Reports on dispensaries and lunatic asylums in the Province of Oudh - 1869-1876
Year: 1869
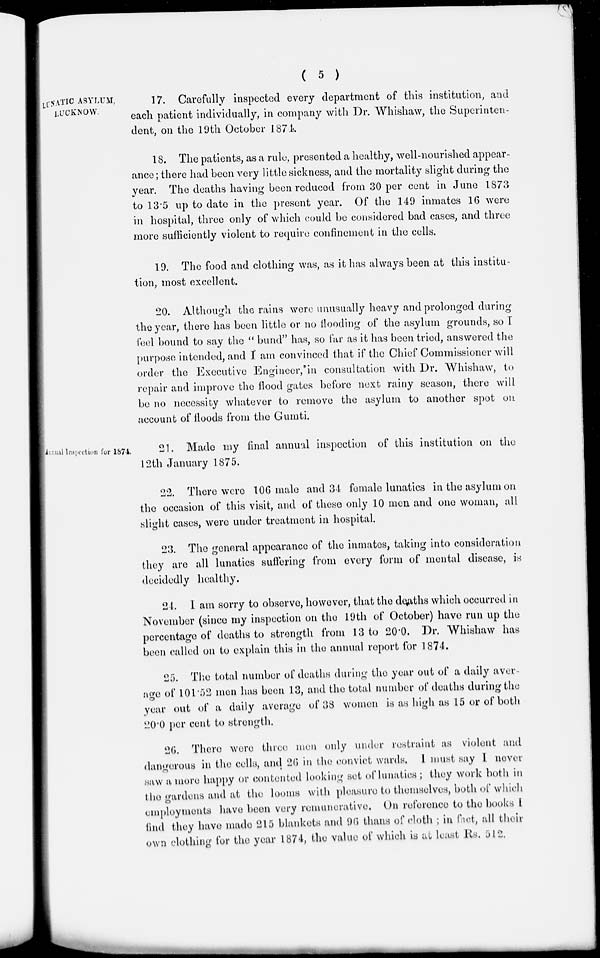
( 5 )
LUNATIC ASYLUM,
LUCKNOW.
17. Carefully inspected every department of this institution, and
each patient individually, in company with Dr. Whishaw, the Superinten-
dent, on the 19th October 1874.
18. The patients, as a rule, presented a healthy, well-nourished appear-
ance; there had been very little sickness, and the mortality slight during the
year. The deaths having been reduced from 30 per cent in June 1873
to 13.5 up to date in the present year. Of the 149 inmates 16 were
in hospital, three only of which could be considered bad cases, and three
more sufficiently violent to require confinement in the cells.
19. The food and clothing was, as it has always been at this institu-
tion, most excellent.
20. Although the rains were unusually heavy and prolonged during
the year, there has been little or no flooding of the asylum grounds, so I
feel bound to say the " bund" has, so far as it has been tried, answered the
purpose intended, and I am convinced that if the Chief Commissioner will
order the Executive Engineer, in consultation with Dr. Whishaw, to
repair and improve the flood gates before next rainy season, there will
be no necessity whatever to remove the asylum to another spot on
account of floods from the Gumti.
Annual Inspection for 1874.
21. Made my final annual inspection of this institution on the
12th January 1875.
22. There were 106 male and 34 female lunatics in the asylum on
the occasion of this visit, and of these only 10 men and one woman, all
slight cases, were under treatment in hospital.
23. The general appearance of the inmates, taking into consideration
they are all lunatics suffering from every form of mental disease, is
decidedly healthy.
24. I am sorry to observe, however, that the deaths which occurred in
November (since my inspection on the 19th of October) have run up the
percentage of deaths to strength from 13 to 20.0. Dr. Whishaw has
been called on to explain this in the annual report for 1874.
25. The total number of deaths during the year out of a daily aver
age of 101.52 men has been 13, and the total number of deaths during the
year out of a daily average of 38 women is as high as 15 or of both
20.0 per cent to strength.
26. There were three men only under restraint as violent and
dangerous in the cells, and 26 in the convict wards. I must say I never
saw a more happy or contented looking set of lunatics ; they work both in
the gardens and at the looms with pleasure to themselves, both of which
employments have been very remunerative. On reference to the books I
find they have made 215 blankets and 96 thans of cloth ; in fact, all their
own clothing for the year 1874, the value of which is at, least Rs. 512.